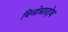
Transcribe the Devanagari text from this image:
विनोग्रादोव